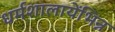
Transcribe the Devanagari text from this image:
धर्मशालायेंभिन्न